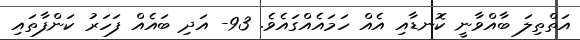
އަތްތިލަ ބާއްވާނީ ކޮނޑާއި އެއް ހަމައެއްގައެވެ. 93- އަދި ބައެއް ފަހަރު ކަންފާތައި